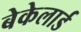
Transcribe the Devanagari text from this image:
बेकेलार्ड